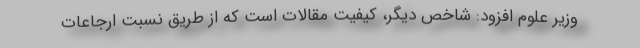
وزیر علوم افزود: شاخص دیگر، کیفیت مقالات است که از طریق نسبت ارجاعات